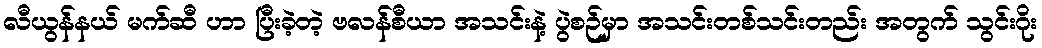
လီယွန်နယ် မက်ဆီ ဟာ ပြီးခဲ့တဲ့ ဗလန်စီယာ အသင်းနဲ့ ပွဲစဉ်မှာ အသင်းတစ်သင်းတည်း အတွက် သွင်းဂိုး